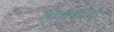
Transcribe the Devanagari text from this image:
शोशेबाजी